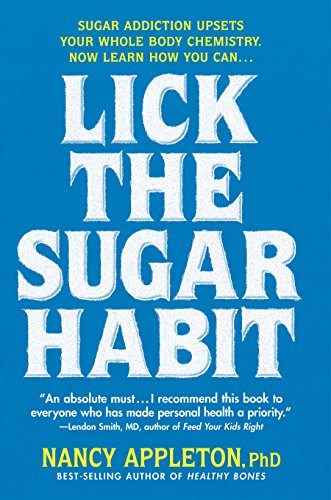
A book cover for Lick the Sugar Habit; Nancy Appleton; Health, Fitness & Dieting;